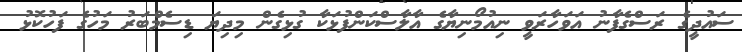
ސައުދީގެ ރަސްގެފާނު އަވަހާރަވީ ނިއުމޯނިޔާގެ އާލާސްކަންފުޅަކާ ގުޅިގެން މިދިޔަ ޑިސެމްބަރު މަހުގެ ފަހުކޮޅު